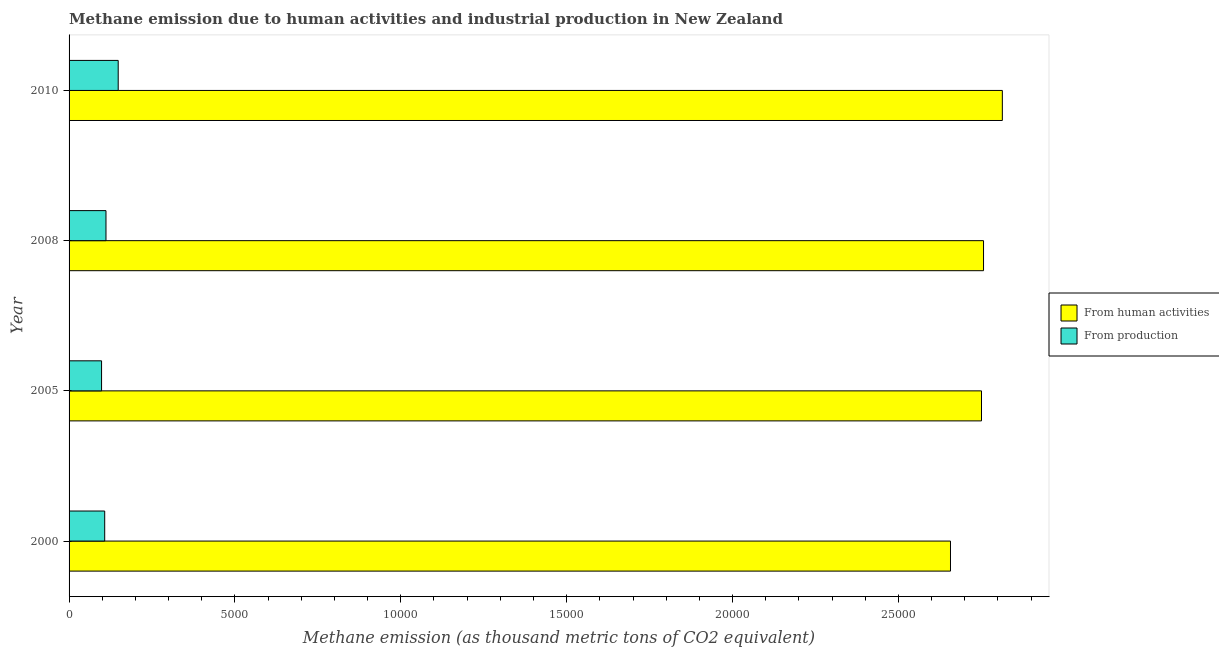
| Year | From human activities | From production |
 | --- | --- | --- |
 | 2000 | 2.66e+04 | 1.07e+03 |
 | 2005 | 2.75e+04 | 979 |
 | 2008 | 2.76e+04 | 1.11e+03 |
 | 2010 | 2.81e+04 | 1.48e+03 |